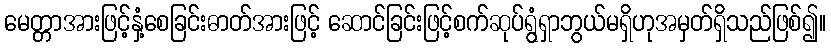
မေတ္တာအားဖြင့်နှံ့စေခြင်းဓာတ်အားဖြင့် ဆောင်ခြင်းဖြင့်စက်ဆုပ်ရွံရှာဘွယ်မရှိဟုအမှတ်ရှိသည်ဖြစ်၍။